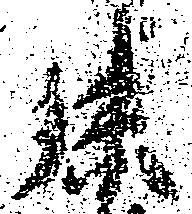
孫